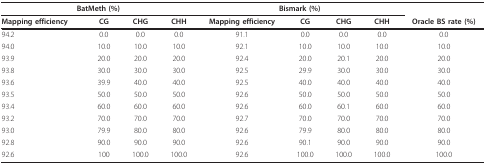
| <COLSPAN=4> BatMeth (%) | <COLSPAN=4> Bismark (%) |  |
 | Mapping efficiency | CG | CHG | CHH | Mapping efficiency | CG | CHG | CHH | Oracle BS rate (%) |
 | --- | --- | --- | --- | --- | --- | --- | --- | --- |
 | 94.2 | 0.0 | 0.0 | 0.0 | 91.1 | 0.0 | 0.0 | 0.0 | 0.0 |
 | 94.0 | 10.0 | 10.0 | 10.0 | 92.1 | 10.0 | 10.0 | 10.0 | 10.0 |
 | 93.9 | 20.0 | 20.0 | 20.0 | 92.4 | 20.0 | 20.1 | 20.0 | 20.0 |
 | 93.8 | 30.0 | 30.0 | 30.0 | 92.5 | 29.9 | 30.0 | 30.0 | 30.0 |
 | 93.6 | 39.9 | 40.0 | 40.0 | 92.5 | 40.0 | 40.0 | 40.0 | 40.0 |
 | 93.5 | 50.0 | 50.0 | 50.0 | 92.6 | 50.0 | 50.0 | 50.0 | 50.0 |
 | 93.4 | 60.0 | 60.0 | 60.0 | 92.6 | 60.0 | 60.1 | 60.0 | 60.0 |
 | 93.2 | 70.0 | 70.0 | 70.0 | 92.7 | 70.0 | 70.0 | 70.0 | 70.0 |
 | 93.0 | 79.9 | 80.0 | 80.0 | 92.6 | 79.9 | 80.0 | 80.0 | 80.0 |
 | 92.8 | 90.0 | 90.0 | 90.0 | 92.6 | 90.1 | 90.0 | 90.0 | 90.0 |
 | 92.6 | 100 | 100.0 | 100.0 | 92.6 | 100.0 | 100.0 | 100.0 | 100.0 |